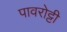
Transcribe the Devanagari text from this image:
पावरोट्टी